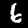
Label: 6